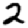
Digit: 2